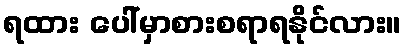
ရထား ပေါ်မှာစားစရာရနိုင်လား။